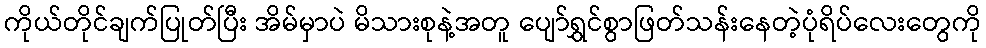
ကိုယ်တိုင်ချက်ပြုတ်ပြီး အိမ်မှာပဲ မိသားစုနဲ့အတူ ပျော်ရွှင်စွာဖြတ်သန်းနေတဲ့ပုံရိပ်လေးတွေကို